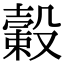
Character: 𣚯